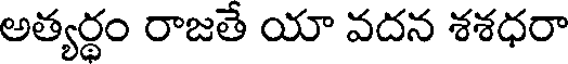
అత్యర్థం రాజతే యా వదన శశధరా